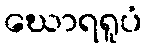
ဃောရရူပံ